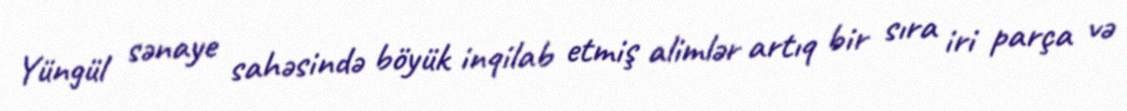
Yüngül sənaye sahəsində böyük inqilab etmiş alimlər artıq bir sıra iri parça və